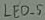
Text: LED_5